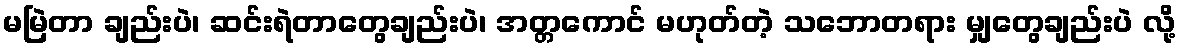
မမြဲတာ ချည်းပဲ၊ ဆင်းရဲတာတွေချည်းပဲ၊ အတ္တကောင် မဟုတ်တဲ့ သဘောတရား မျှတွေချည်းပဲ လို့